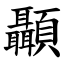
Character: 顳